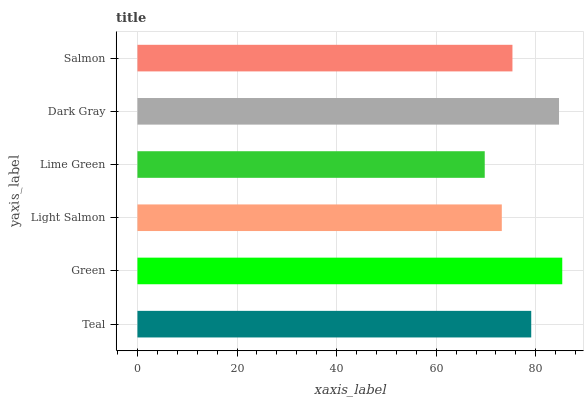
| yaxis_label | bars |
 | --- | --- |
 | Teal | 79.1 |
 | Green | 85.3 |
 | Light Salmon | 73.2 |
 | Lime Green | 69.7 |
 | Dark Gray | 84.7 |
 | Salmon | 75.3 |